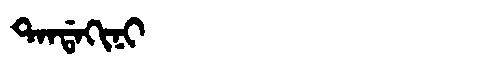
Manchu: ᡨᠠᠨᡩᠠᡴᡳᠨᡳ
Romanization: TANDAKINI